Civil Veterinary Department. United Provinces 1932-42 - 1932-1942
Year: 1932
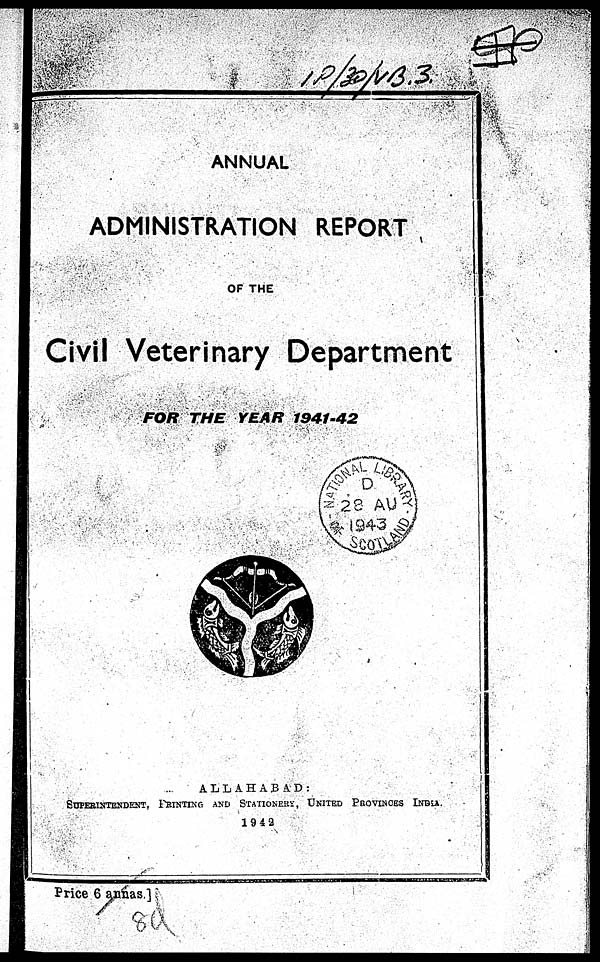
ANNUAL
ADMINISTRATION REPORT
OF THE
Civil Veterinary Department
FOR THE YEAR
1941-42
ALLAHABAD:
SUPERINTENDENT, PRINTING AND STATIONERY, UNITED PROVINCES INDIA
1942
Price 6 annas